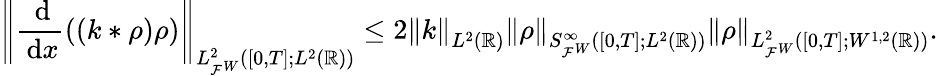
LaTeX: \left\lVert\frac{\, \mathrm{d}}{\, \mathrm{d}x}((k*\rho)\rho)\right\rVert_{L_{\mathcal{F}^{W}}^{2}([0,T];L^{2}(\mathbb{R}))}\le 2\left\lVert k\right\rVert_{L^{2}(\mathbb{R})}\left\lVert\rho\right\rVert_{S_{\mathcal{F}^{W}}^{\infty}([0,T];L^{2}(\mathbb{R}))}\left\lVert\rho\right\rVert_{L_{\mathcal{F}^{W}}^{2}([0,T];W^{1,2}(\mathbb{R}))}.